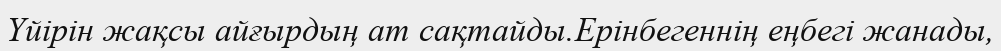
Үйірін жақсы айғырдың ат сақтайды.Ерінбегеннің еңбегі жанады,